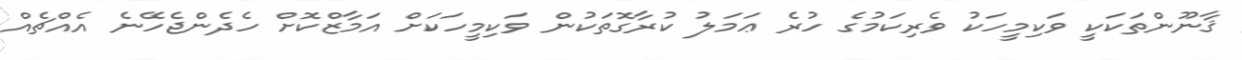
ޤާނޫންތަކަކީ ވަކިމީހަކު ވެރިކަމުގެ ހުރެ ޢަމަލު ކުރާގޮތަކުން ވަކިމީހަކަށް އަމާޒްކޮށް ހެދެންޖެހޭނެ އެއްޗެއް